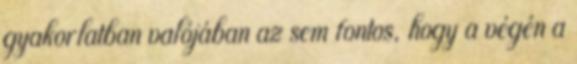
gyakorlatban valójában az sem fontos, hogy a végén a